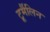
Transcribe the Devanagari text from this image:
टूर्मैलिन